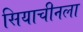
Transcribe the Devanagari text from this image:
सियाचीनला